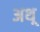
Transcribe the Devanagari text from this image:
अथ़्